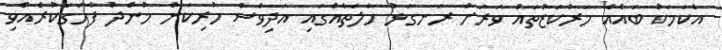
އެކަމަކު ބައެއް މަރުކަޒުތައް ވަރަށް ރަނގަޅު ހާލަތެއްގައި އަދިވެސް ހުރިކަން މުންދު ފާހަގަކުރެއްވި